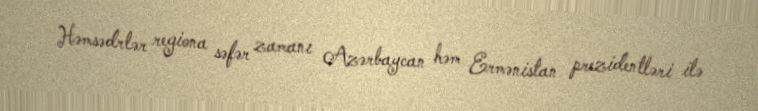
Həmsədrlər regiona səfər zamanı Azərbaycan həm Ermənistan prezidentləri ilə